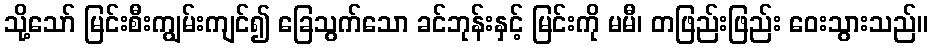
သို့သော် မြင်းစီးကျွမ်းကျင်၍ ခြေသွက်သော ခင်ဘုန်းနှင့် မြင်းကို မမီ၊ တဖြည်းဖြည်း ဝေးသွားသည်။